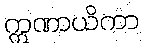
ဣဏာယိကာ